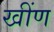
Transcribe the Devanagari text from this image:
खींण